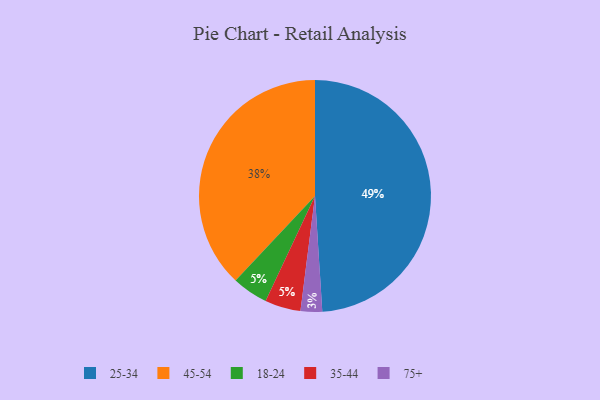
{"axis": {"x": "Category", "y": "Percentage"}, "legend": ["18-24", "25-34", "35-44", "45-54", "75+"], "data": [{"x": "25-34", "y": 49, "type": "25-34"}, {"x": "75+", "y": 3, "type": "75+"}, {"x": "18-24", "y": 5, "type": "18-24"}, {"x": "45-54", "y": 38, "type": "45-54"}, {"x": "35-44", "y": 5, "type": "35-44"}]}